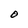
Character: O